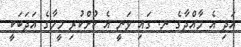
އަދި އެ މާއްދާގެ ނ. ގައި ވަނީ އެ ކުށްކުރި މީހާގެ އަދަބަކީ